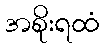
အစိုးရထံ